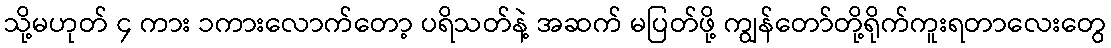
သို့မဟုတ် ၄ ကား ၁ကားလောက်တော့ ပရိသတ်နဲ့ အဆက် မပြတ်ဖို့ ကျွန်တော်တို့ရိုက်ကူးရတာလေးတွေ